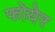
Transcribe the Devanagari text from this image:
फोयेर